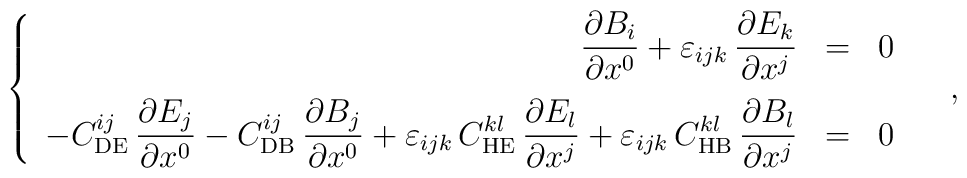
\left\{\begin{array}{rcl}\displaystyle\frac{\partial B_i}{\partial x^0}  {}+{}\varepsilon_{ijk}\, \displaystyle\frac{\partial E_k}{\partial x^j}&=& 0\\[11pt]- C_{{\rm DE}}^{ij}\,\displaystyle\frac{\partial E_j}{\partial x^0}  {}-{}C_{{\rm DB}}^{ij}\,\displaystyle\frac{\partial B_j}{\partial x^0} {}+{}\varepsilon_{ijk}\,C_{{\rm HE}}^{kl}\,\displaystyle\frac{\partial E_l}{\partial x^j} {}+{}\varepsilon_{ijk}\,C_{{\rm HB}}^{kl}\,\displaystyle\frac{\partial B_l}{\partial x^j}&=& 0\end{array}\right.\quad,